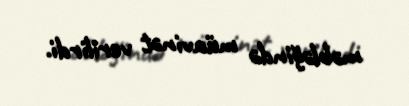
məbləğində müavinət verilirdi.